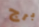
برج